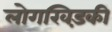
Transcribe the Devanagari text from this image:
लोगखिड़की